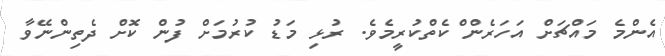
އެންމެ މައްޗަށް އަހަރެން ްކެތްކުރީމެވެ. ރުޅި މަޑު ކުރުމަށް ފުން ކޮޮށް ދެތިންނޭވާ